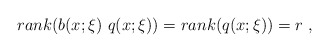
\begin{align*}rank(b(x;\xi )\ q(x;\xi ))=rank(q(x;\xi ))=r\ ,\end{align*}